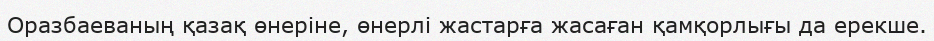
Оразбаеваның қазақ өнеріне, өнерлі жастарға жасаған қамқорлығы да ерекше.